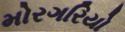
મોરગરિયો